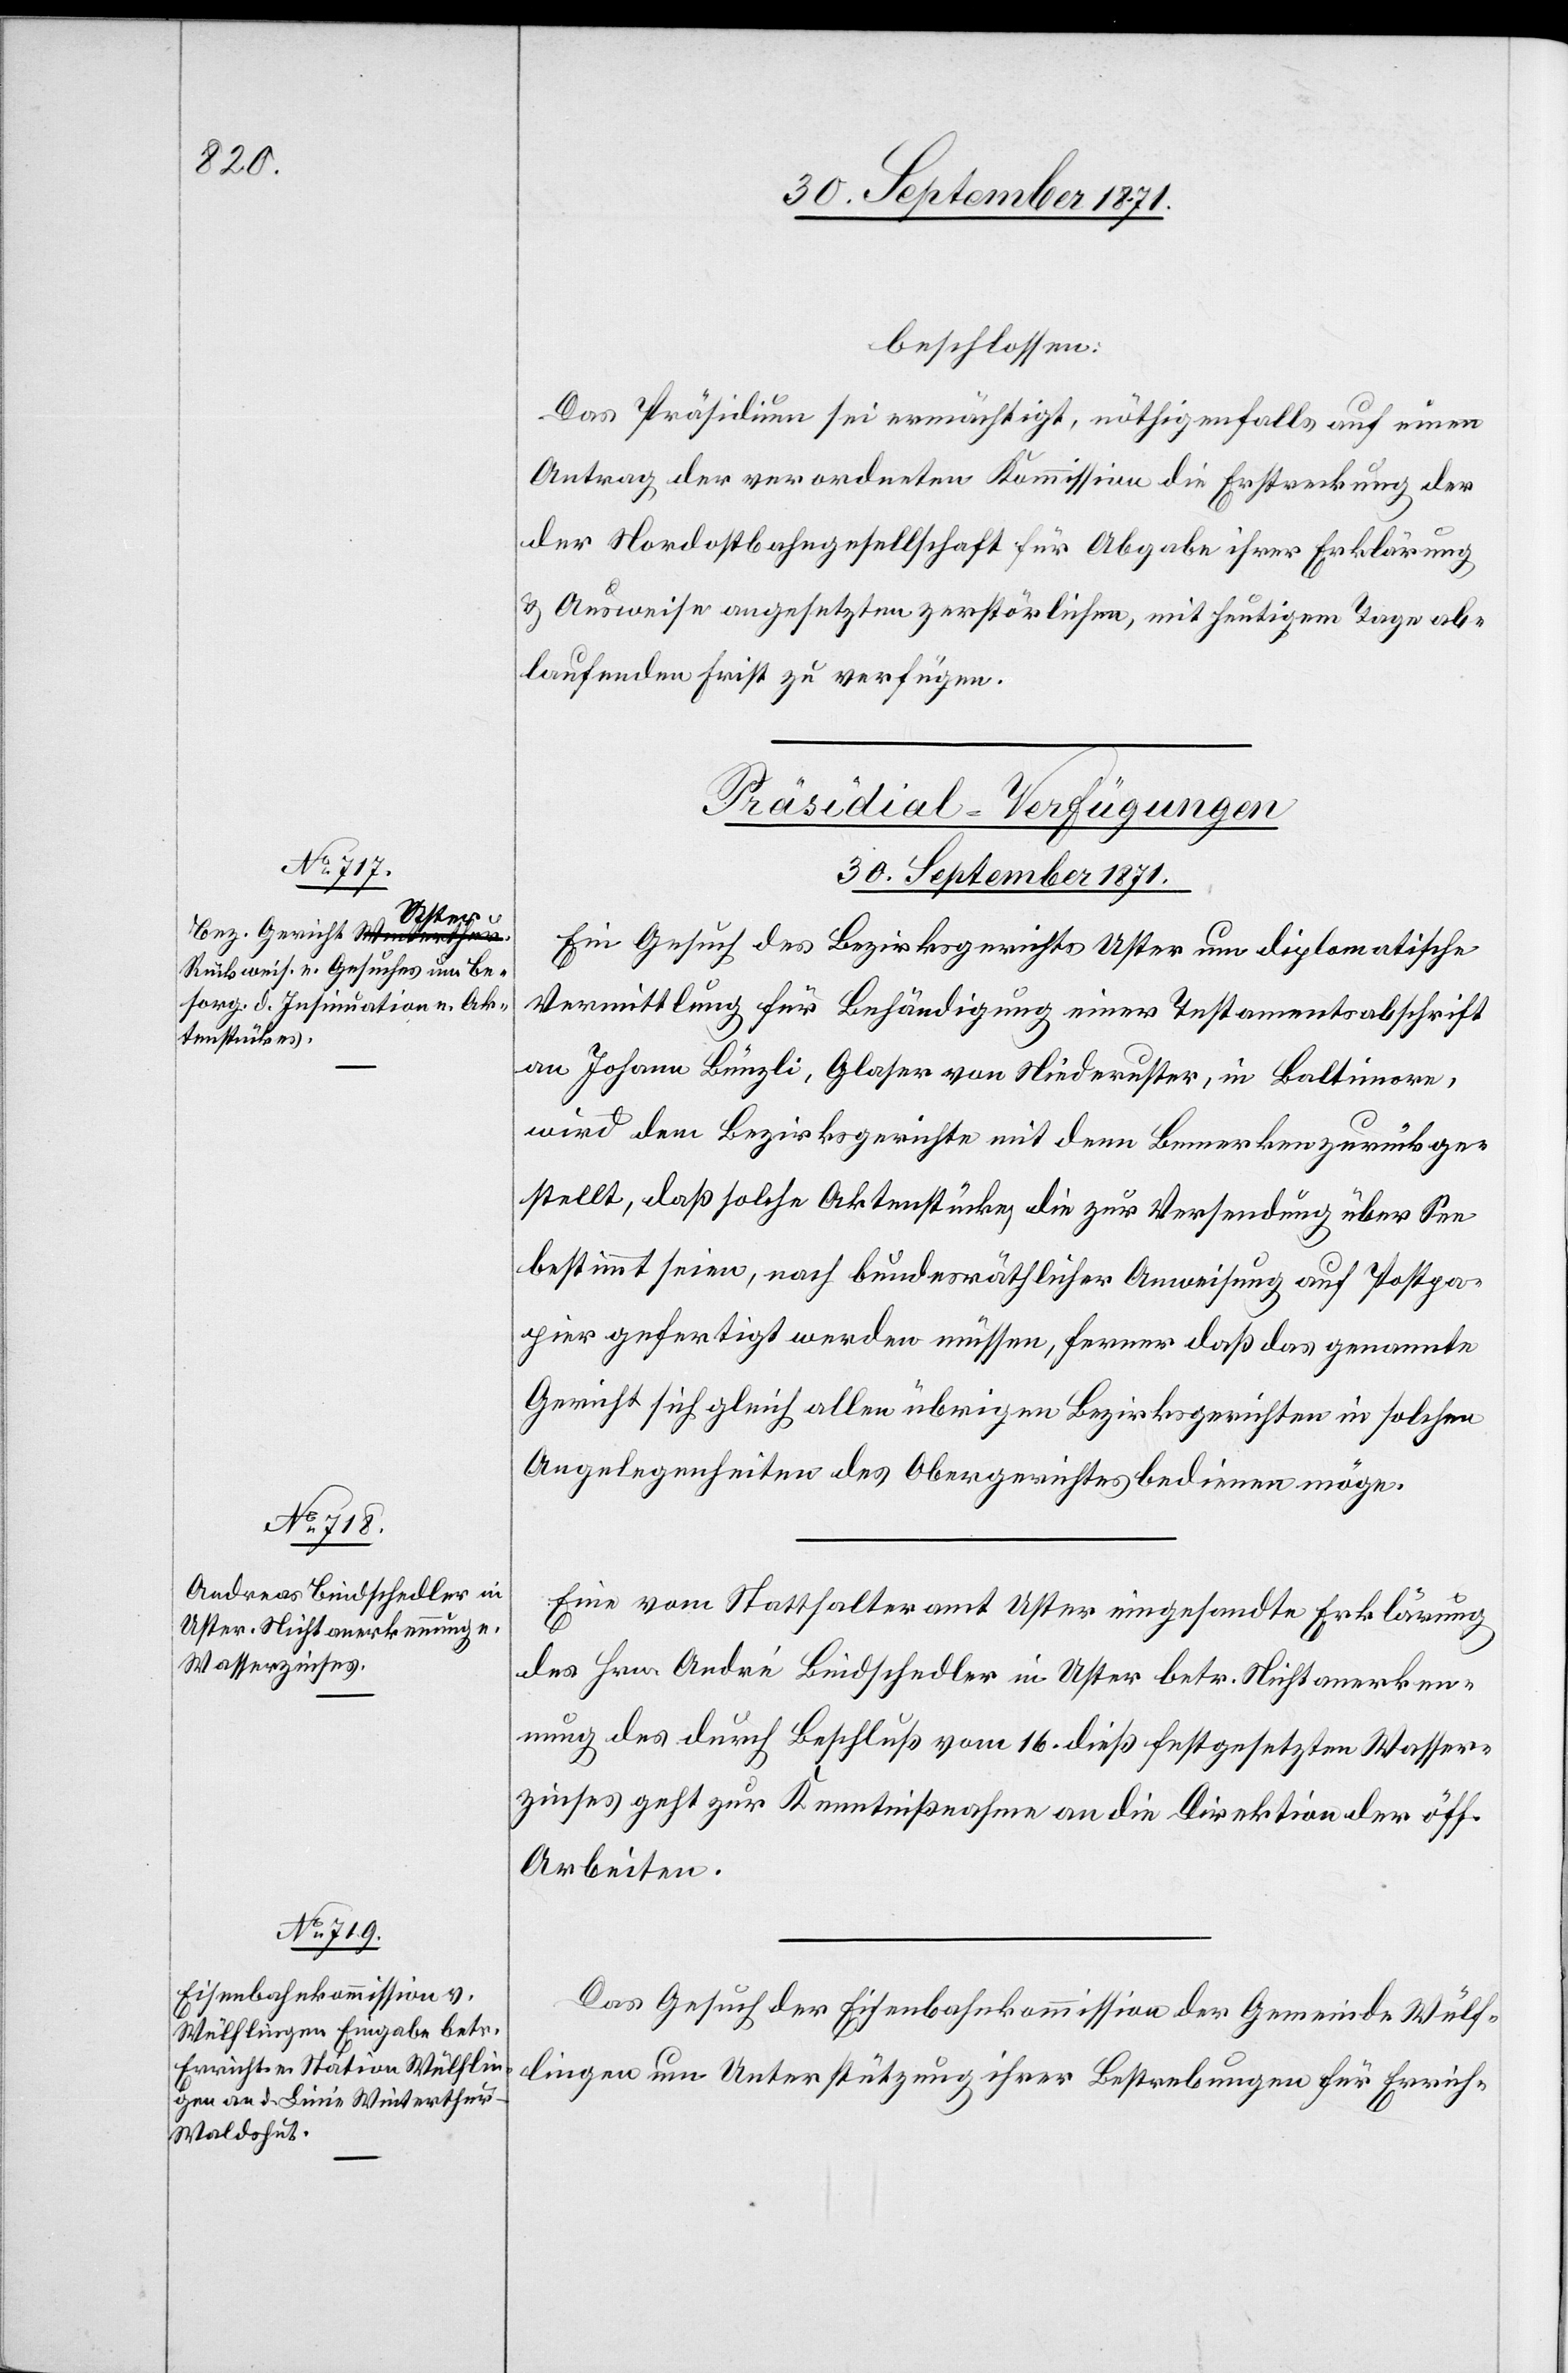
30. September 1871.]
beschlossen:
Das Präsidium sei ermächtigt, nöthigenfalls auf einen
Antrag der verordneten Kommission die Erstreckung des
der Nordostbahngesellschaft für Abgabe ihrer Erklärung
& Ausweise angesetzten zerstörlichen, mit heutigem Tage ab¬
laufenden Frist zu verfügen.
[Präsidial-Verfügungen
30. September 1871.
Ein Gesuch des Bezirksrathes Uster um diplomatische
Vermittlung für Behändigung einer Testamentsabschrift
an Johann Bünzli, Glaser von Niederuster, in Baltimore,
wird dem Bezirksgerichte mit dem Bemerken zurückge¬
stellt, daß solche Aktenstücke die zur Versendung über See
bestimmt seien, nach bundesräthlicher Anweisung auf Postpa¬
pier gefertigt werden müssen, ferner daß das genannte
Gericht sich gleich allen übrigen Bezirksgerichten in solchen
Angelegenheiten des Obergerichtes bedienen möge.
Eine vom Statthalteramt Uster eingesandte Erklärung
des Hrn. André Bindschedler in Uster betr. Nichtanerken¬
nung des durch Beschluß vom 16. dieß festgesetzten Wasser¬
zinses geht zur Kenntnißnahme an die Direktion der öff.
Arbeiten.
Das Gesuch der Eisenbahnkommission der Gemeinde Wülf¬
lingen um Unterstützung ihrer Bestrebungen für Errich-